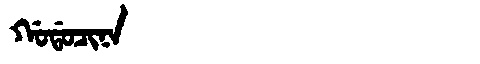
Manchu: ᡤᠣᡩᠣᠴᡳᠨᠠ
Romanization: GODOCINA